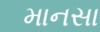
માનસા